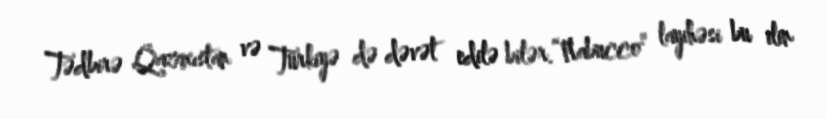
Tədbirə Qazaxıstan və Türkiyə də dəvət edilə bilər.“Nabucco” layihəsi bu ilin